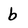
Character: b